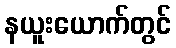
နယူးယောက်တွင်